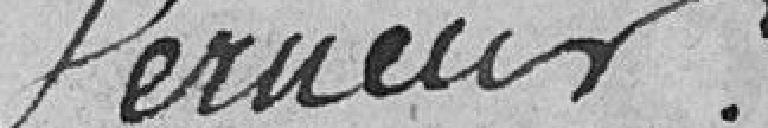
Vernier